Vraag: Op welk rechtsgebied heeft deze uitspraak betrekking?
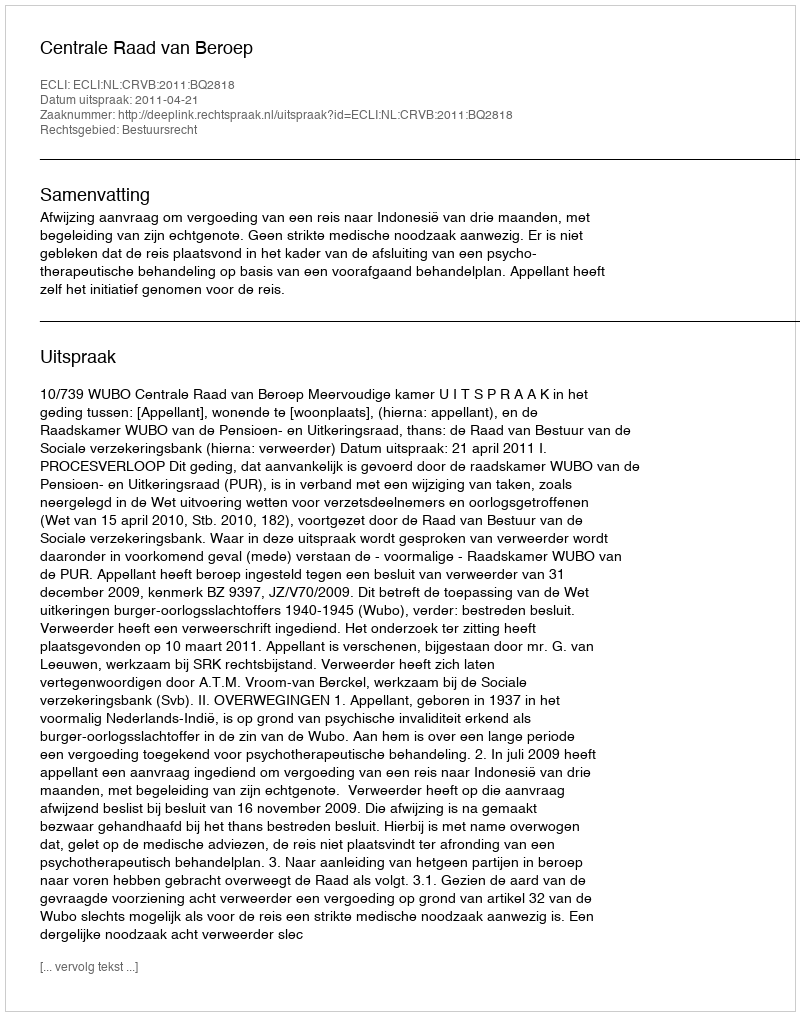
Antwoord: Bestuursrecht